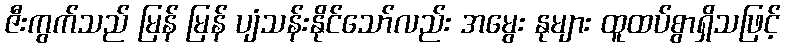
ဇီးကွက်သည် မြန် မြန် ပျံသန်းနိုင်သော်လည်း အမွေး နုများ ထူထပ်စွာရှိသဖြင့်